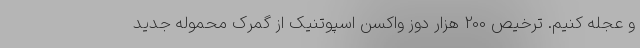
و عجله کنیم. ترخیص 200 هزار دوز واکسن اسپوتنیک از گمرک محموله جدید